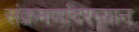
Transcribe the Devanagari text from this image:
संक्रमणांदरम्यान